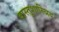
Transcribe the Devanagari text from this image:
वास्तूशास्ञिय